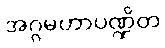
အဂ္ဂမဟာပဏ္ဍိတ